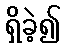
ရှိခဲ့၍